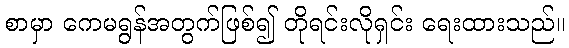
စာမှာ ကေမရွန်အတွက်ဖြစ်၍ တိုရင်းလိုရှင်း ရေးထားသည်။